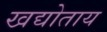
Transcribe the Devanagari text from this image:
खद्योताय